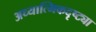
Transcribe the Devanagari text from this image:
अध्यात्मिकदृष्ट्या